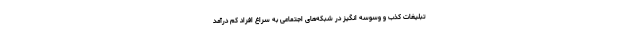
تبلیغات کذب و وسوسه انگیز در شبکه‌های اجتماعی به سراغ افراد کم درآمد